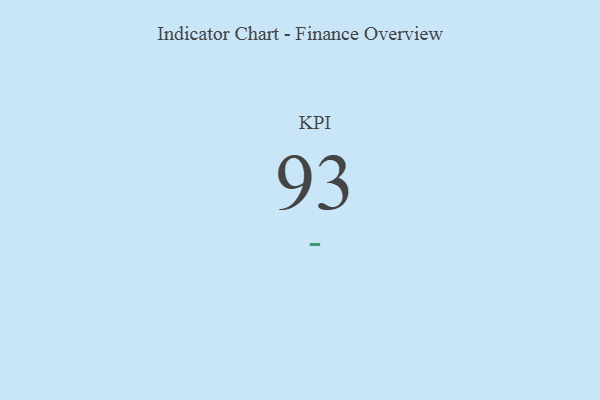
{"axis": {"x": "KPI", "y": "Value"}, "legend": [""], "data": [{"x": "KPI", "y": 93, "type": ""}]}